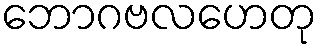
ဘောဂဗလဟေတု